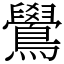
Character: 鷽